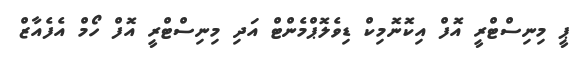
ޕީ މިނިސްޓްރީ އޮފް އިކޮނޮމިކް ޑިވެލޮޕްމެންޓް އަދި މިނިސްޓްރީ އޮފް ހޯމް އެފެއާޒް